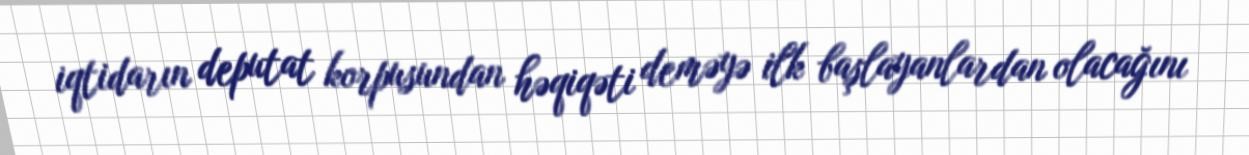
iqtidarın deputat korpusundan həqiqəti deməyə ilk başlayanlardan olacağını